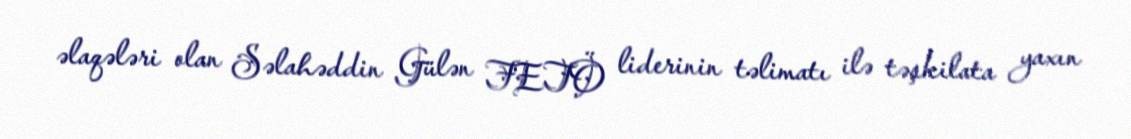
əlaqələri olan Səlahəddin Gülən FETÖ liderinin təlimatı ilə təşkilata yaxın